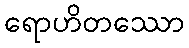
ရောဟိတဿော